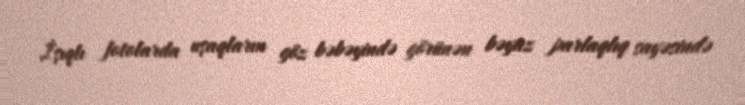
İşıqlı fotolarda uşaqların göz bəbəyində görünən bəyaz parlaqlıq sayəsində